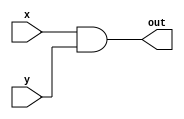
module AND_D(x,y,out);
   input [3:0] x,y;
   output [3:0] out;
   assign out = x & y;
	
endmodule // AND_D

module OR_D(x,y,out);
   input [3:0] x,y;
   output [3:0] out;

   assign out = x | y;

endmodule // OR_D

module XOR_D(x,y,out);
   input [3:0] x,y;
   output [3:0] out;

   assign out = x ^ y;
	
endmodule // XOR_D

module NOT_D(z,out);
   input [7:0] z;
   output [7:0] out;
   
   assign out = ~z;
 
endmodule // NOT_D